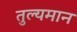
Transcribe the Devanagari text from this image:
तुल्यमान